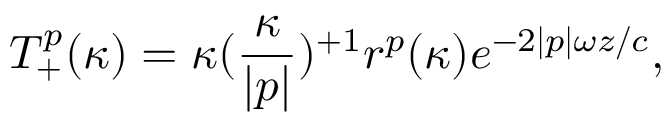
T _ { + } ^ { p } ( \kappa ) = { \kappa } ( \frac { \kappa } { | p | } ) ^ { + 1 } r ^ { p } ( \kappa ) e ^ { - 2 | p | { \omega } z / c } ,